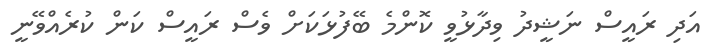
އަދި ރައީސް ނަޝީދު ވިދާޅުވީ ކޮންމެ ބޭފުޅަކަށް ވެސް ރައީސް ކަން ކުރެއްވޭނީ